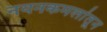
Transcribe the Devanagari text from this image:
नयनकमलांतून